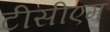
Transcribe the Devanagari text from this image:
टीसीएम